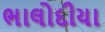
ભાલોદીયા